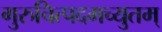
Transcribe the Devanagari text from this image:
गुरुचित्पदमच्युतम्